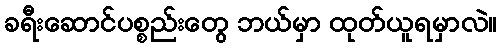
ခရီးဆောင်ပစ္စည်းတွေ ဘယ်မှာ ထုတ်ယူရမှာလဲ။